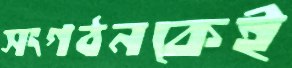
সংগঠনকেই